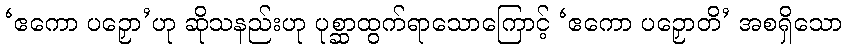
‘ဧကော ပဉှော’ဟု ဆိုသနည်းဟု ပုစ္ဆာထွက်ရာသောကြောင့် ‘ဧကော ပဉှောတိ’ အစရှိသော